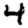
Digit: 4